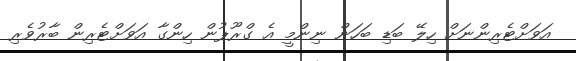
އަވަށްޓެރިންނަށް ހިލޭ ބަޑި ބަހަން ނިންމީ އެ ގްރޫޕުން ހިންގާ އަވަށްޓެރިން ބާރުވެރި